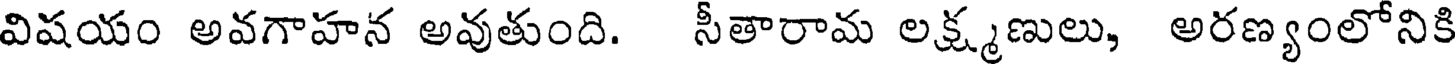
విషయం అవగాహన అవుతుంది. సీతారామ లక్ష్మణులు, అరణ్యంలోనికి